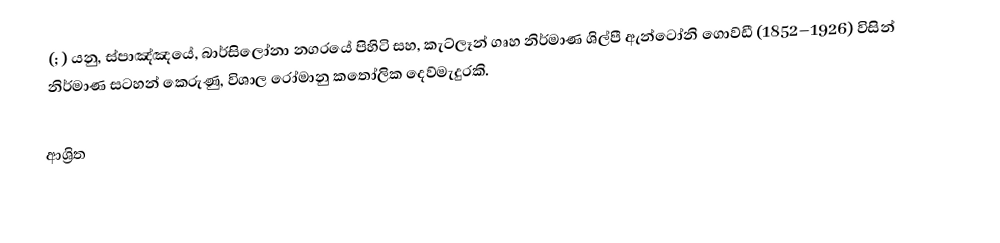
(; ) යනු,   ස්පාඤ්ඤයේ,  බාර්සිලෝනා නගරයේ පිහිටි සහ, කැට්ලෑන් ගෘහ නිර්මාණ ශිල්පී  ඇන්ටෝනි ගොව්ඩී (1852–1926) විසින් නිර්මාණ සටහන් කෙරුණු, විශාල  රෝමානු කතෝලික දෙව්මැදුරකි.

ආශ්‍රිත